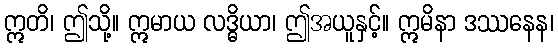
ဣတိ၊ ဤသို့။ ဣမာယ လဒ္ဓိယာ၊ ဤအယူနှင့်။ ဣမိနာ ဒဿနေန၊